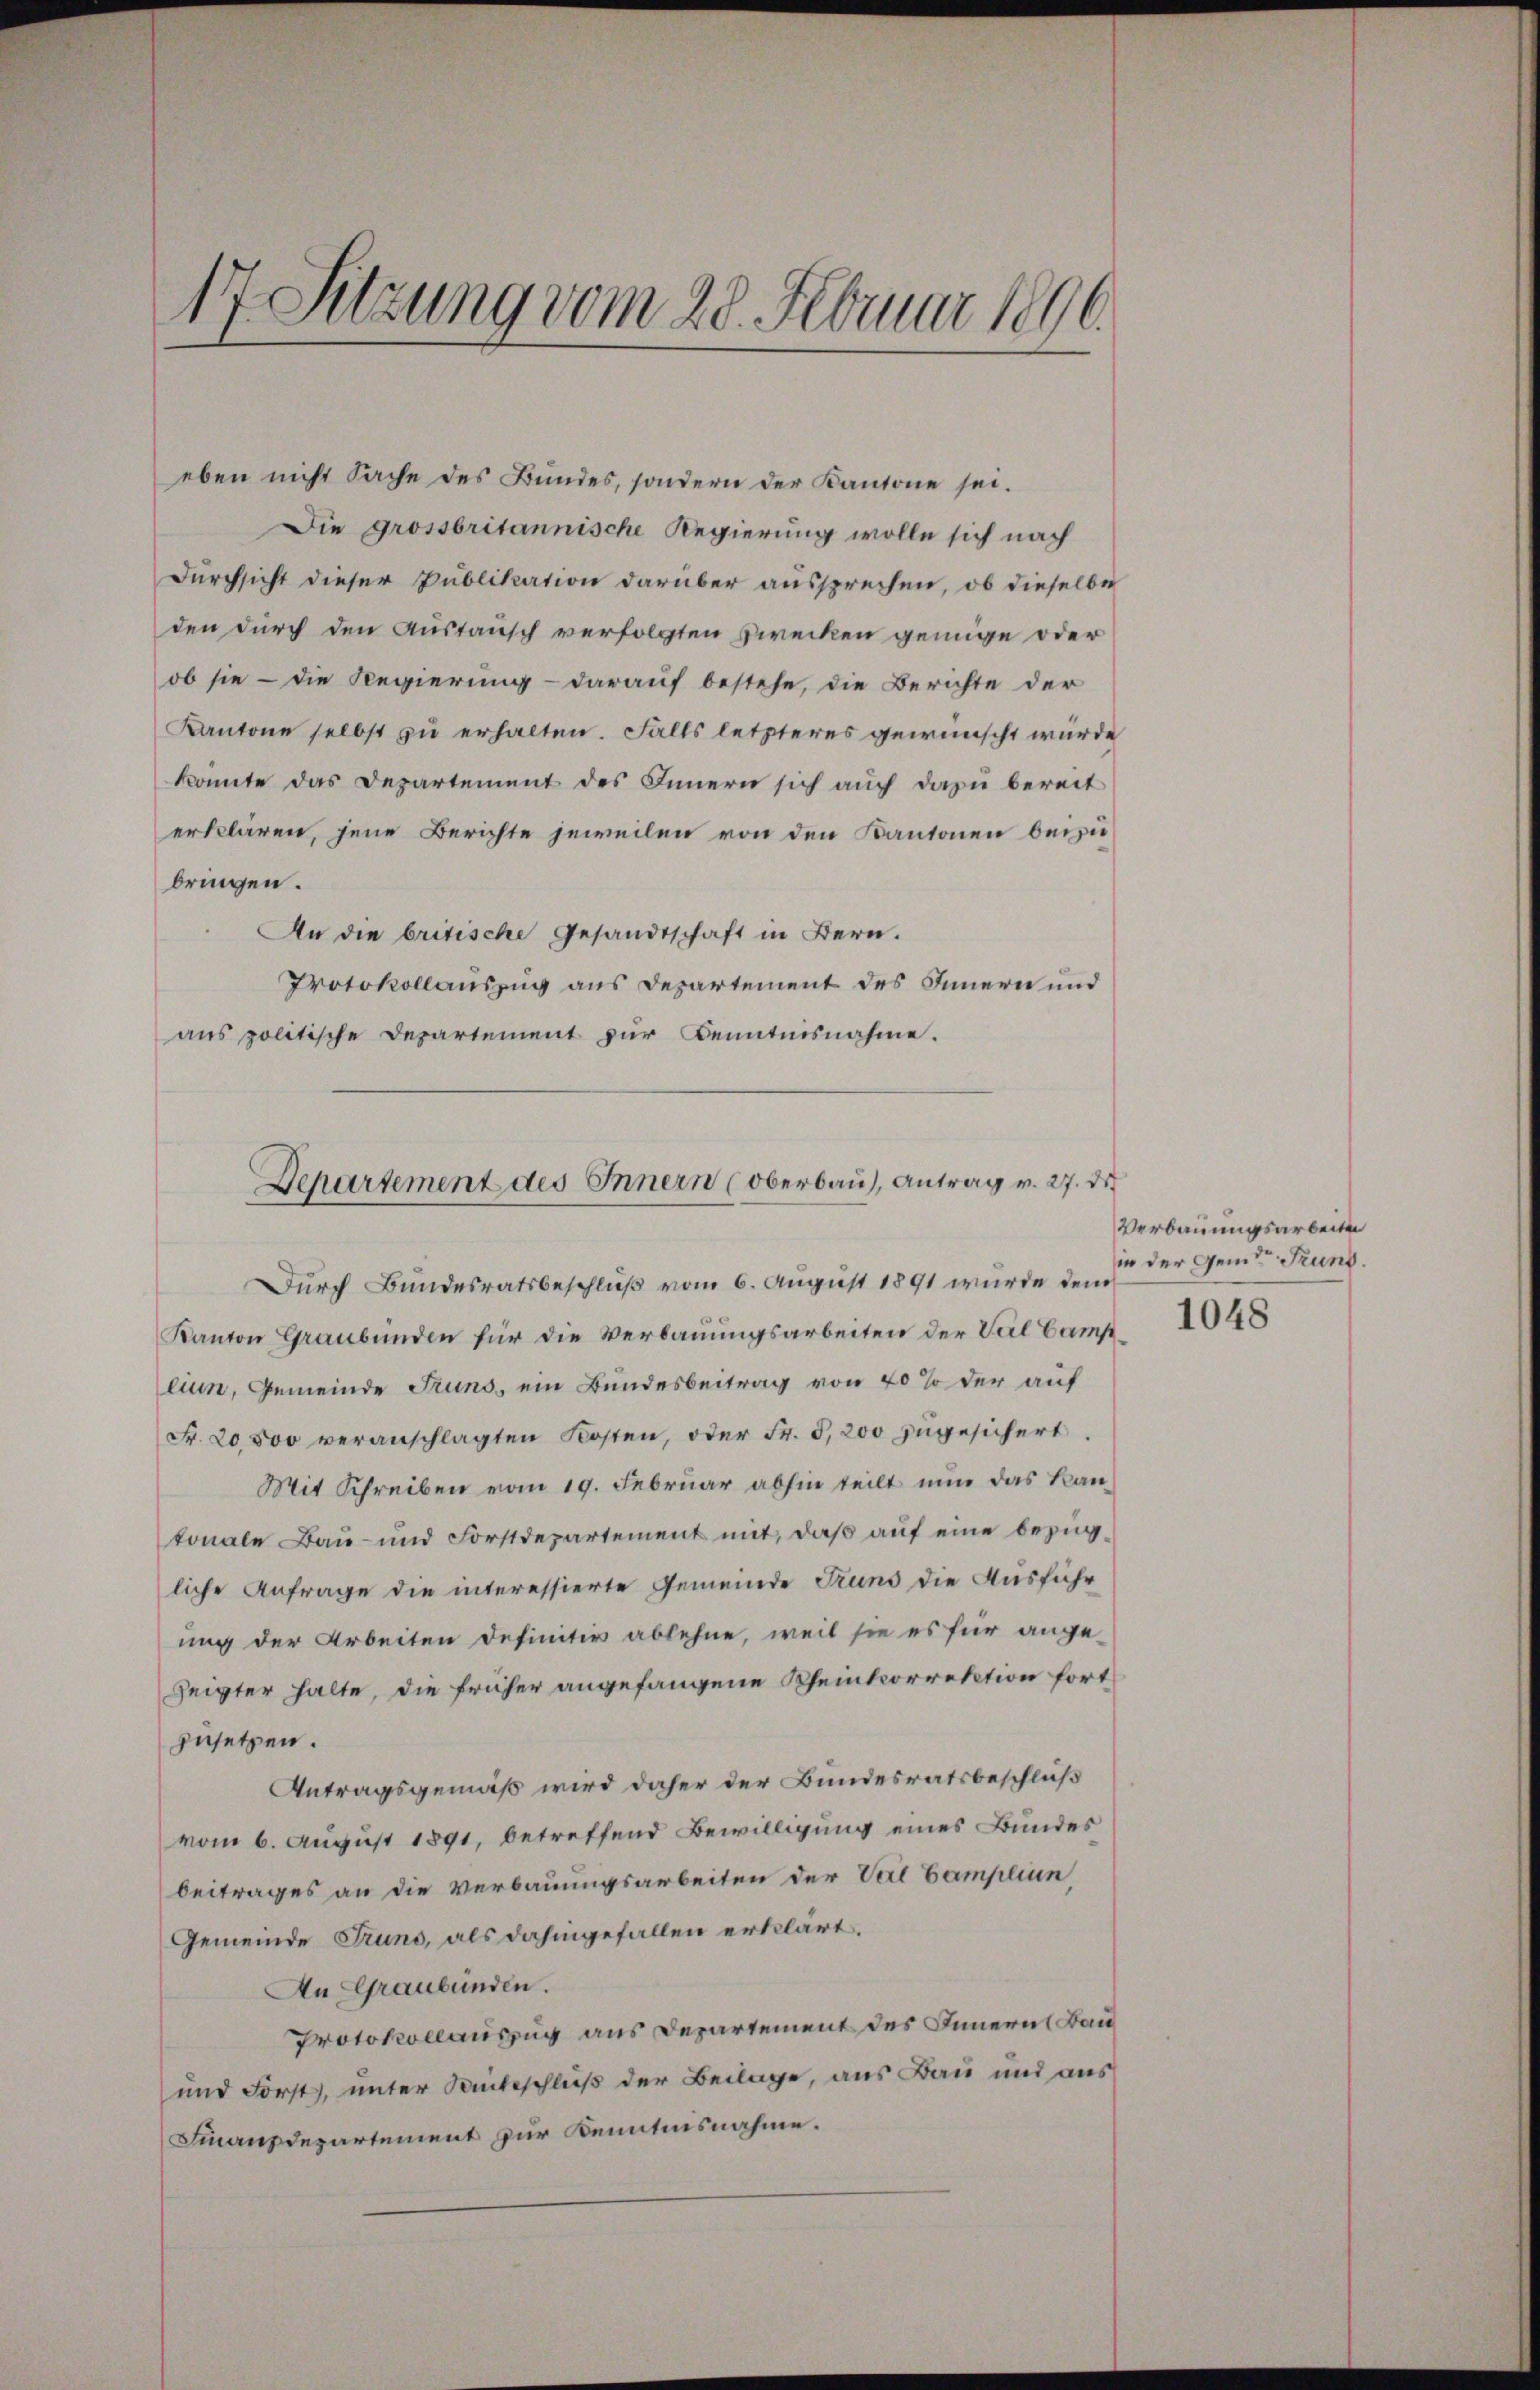
17. Sitzung vom 28. Februar 1896.

eben nicht Sache des Bundes, sondern der Kantone sei.
Die grossbritannische Regierung wolle sich nach
Durchsicht dieser Publikation darüber aussprechen, ob dieselbe
den durch den Austausch verfolgten Zwecken genüge oder
ob sie - die Regierung - darauf bestehe, die Berichte der
Kantone selbst zu erhalten. Falls letzteres gewünscht würde
konnte das Departement des Innern sich auch dazu bereit
erklären, jene Berichte jeweilen von den Kantonen beizu
bringen.
An die britische Gesandtschaft in Bern.
Protokollauszug aus Departement des Innern und
aus politische Departement zur Kenntnisnahme.
Durch Bundesratsbeschluß vom 6. August 1891 wurde dem
Kanton Graubünden für die Verbauungsarbeiten der Val Camp
liun, Gemeinde Grund, ein Bundesbeitrag von 40% der auf
Fr. 20,800 veranschlagten Kosten, oder Fr. 5, 200 zugesichert.
Mit Schreiben vom 19. Februar abhin teilt nun das Kantonale Baŭ- und Forstdepartement mit, daβ aŭf eine bezüg-
liche Anfrage die interessierte Gemeinde Truns die Ausführ
ung der Arbeiten definitiv ablehne, weil sie es für ange-
Zeigter halte, die früher angefangene Rheinkorrektion fortzusetzen.
Antragsgemäß wird daher der Bundesratsbeschluß
vom 6. August 1891, betreffend Bewilligung eines Bundes
beitrages an die Verbauungsarbeiten der Verl Campliun
Gemeinde Grund, als dahingefallen erklärt.
An Graubünden.
Protokollauszug aus Departement des Innern Bau¬
und Forst, unter Saiteschluß der Beilage, aus Bau und aus
Finanzdepartement zur Kenntnisnahme.

Departement des Innern (Oberbaŭ), Antrag v. 27. di

Verbauungsarbeiten
in der Gemein Grund.

1048